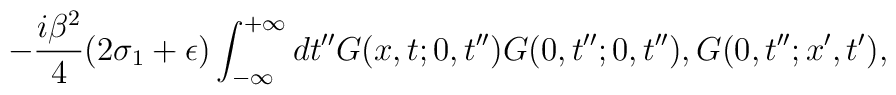
-\frac{i\beta^{2}}{4}(2\sigma_{1}+\epsilon)\int_{-\infty}^{+\infty}dt''G(x,t;0,t'')G(0,t'';0,t''),G(0,t'';x',t'),